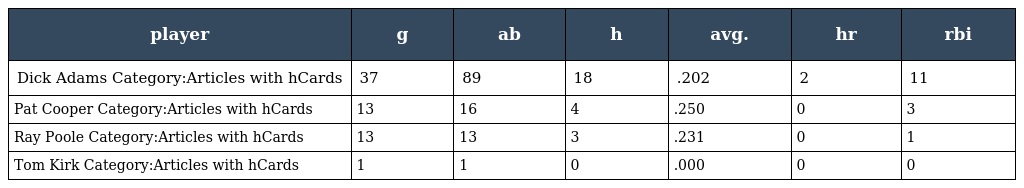
| player | g | ab | h | avg. | hr | rbi |
 | --- | --- | --- | --- | --- | --- | --- |
 | Dick Adams Category:Articles with hCards | 37 | 89 | 18 | .202 | 2 | 11 |
 | Pat Cooper Category:Articles with hCards | 13 | 16 | 4 | .250 | 0 | 3 |
 | Ray Poole Category:Articles with hCards | 13 | 13 | 3 | .231 | 0 | 1 |
 | Tom Kirk Category:Articles with hCards | 1 | 1 | 0 | .000 | 0 | 0 |